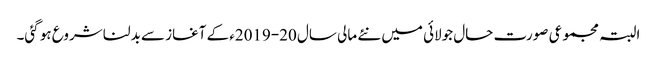
البتہ مجموعی صورت حال جولائی میں نئے مالی سال ‏2019-20ء‎ کے آغاز سے بدلنا شروع ہو گئی۔